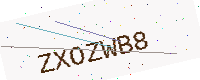
Text: ZXOZWB8